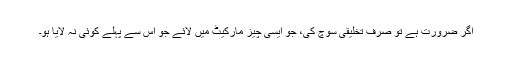
اگر ضرورت ہے تو صرف تخلیقی سوچ کی، جو ایسی چیز مارکیٹ میں لائے جو اس سے پہلے کوئی نہ لایا ہو۔